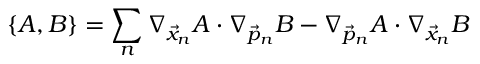
\{ A , B \} = \sum _ { n } \nabla _ { \vec { x } _ { n } } A \cdot \nabla _ { \vec { p } _ { n } } B - \nabla _ { \vec { p } _ { n } } A \cdot \nabla _ { \vec { x } _ { n } } B